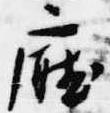
庁